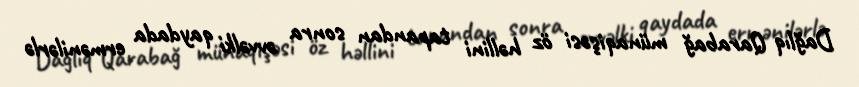
Dağlıq Qarabağ münaqişəsi öz həllini tapandan sonra əvvəlki qaydada ermənilərlə